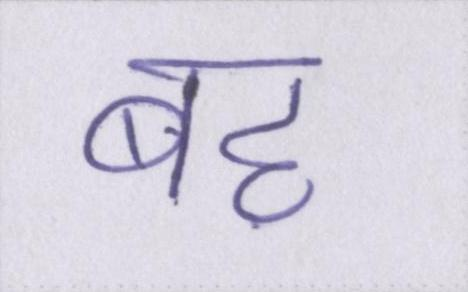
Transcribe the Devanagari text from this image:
बह